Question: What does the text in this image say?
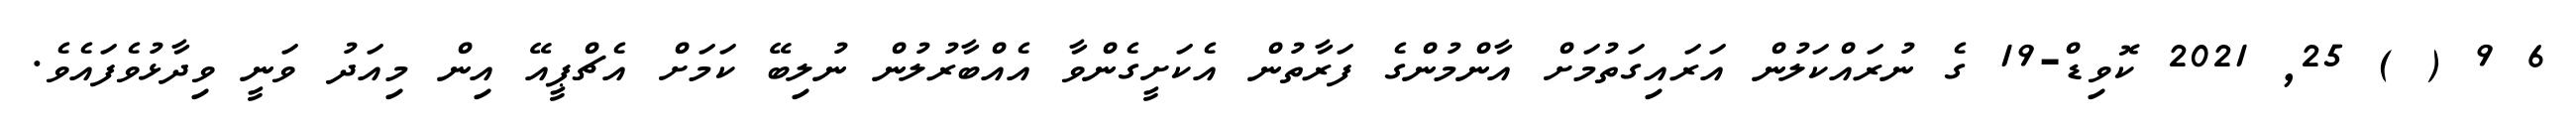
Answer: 6 9 ( ) 25, 2021 ކޮވިޑް-19 ގެ ނުރައްކަލުން އަރައިގަތުމަށް އާންމުންގެ ފަރާތުން އެކަށީގެންވާ އެއްބާރުލުން ނުލިބޭ ކަމަށް އެޗްޕީއޭ އިން މިއަދު ވަނީ ވިދާޅުވެފައެވެ.